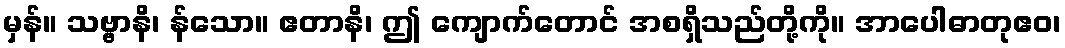
မှန်။ သဗ္ဗာနိ၊ န်သော။ ဧတာနိ၊ ဤ ကျောက်တောင် အစရှိသည်တို့ကို။ အာပေါဓာတုဧဝ၊